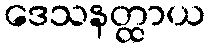
ဒေသနတ္ထာယ